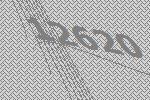
12620